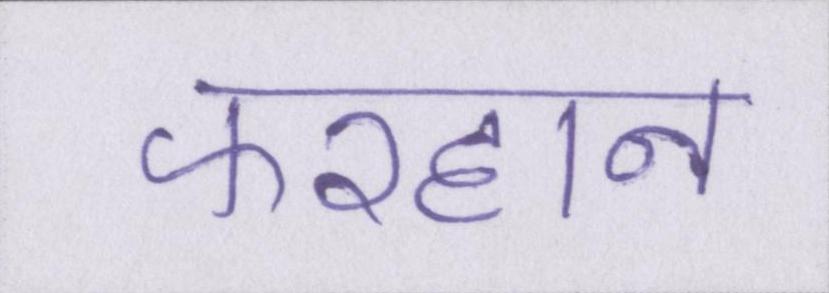
फरहान